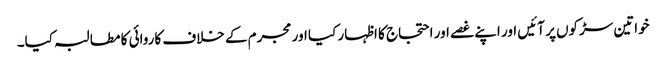
خواتین سڑکوں پر آئیں اور اپنے غصے اور احتجاج کا اظہار کیا اور مجرم کے خلاف کاروائی کا مطالبہ کیا۔